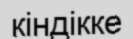
кіндікке